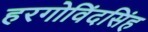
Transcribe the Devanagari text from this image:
हरगोविंदसिंह